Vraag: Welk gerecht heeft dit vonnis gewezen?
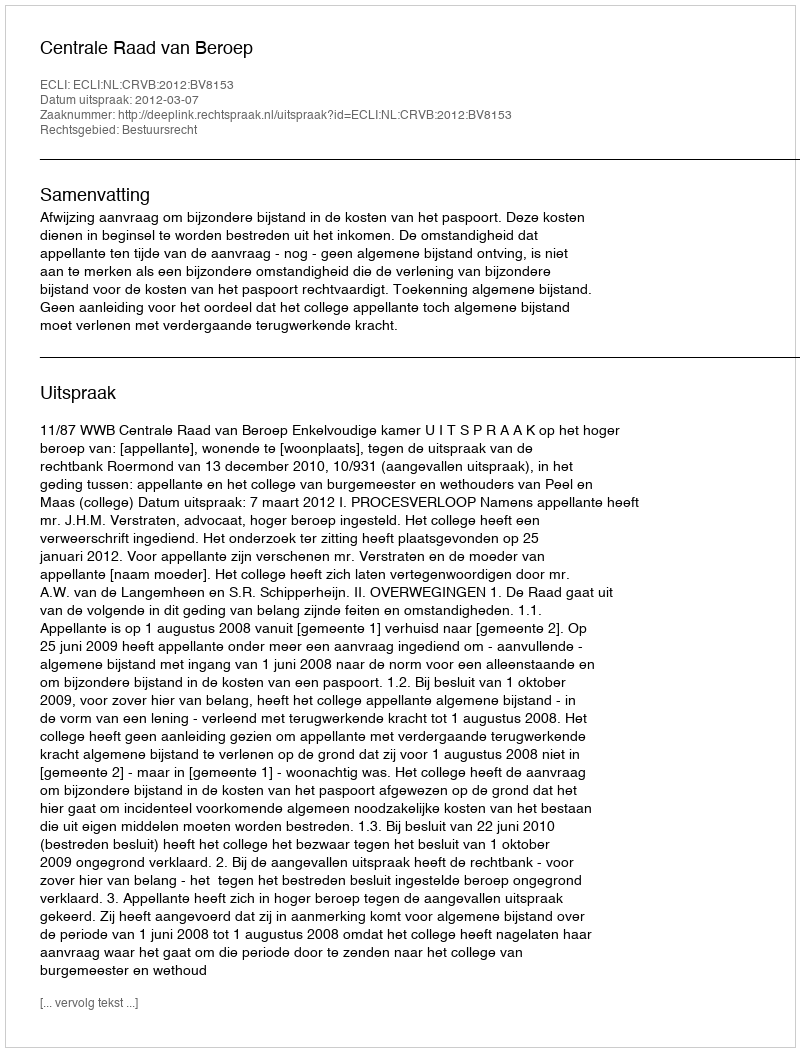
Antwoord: Centrale Raad van Beroep